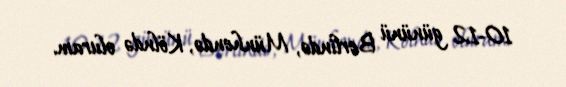
10-12 gününü Berlində, Münhendə, Kölndə oluram.